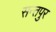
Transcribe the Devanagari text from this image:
सन्तपुर